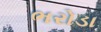
ભરોડા